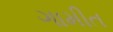
ગામીત